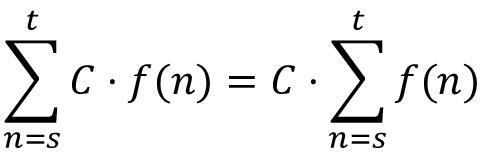
\sum _ { n = s } ^ { t } C \cdot f ( n ) = C \cdot \sum _ { n = s } ^ { t } f ( n ) \quad